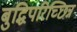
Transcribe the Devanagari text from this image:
बुद्धिपरिच्छिन्न